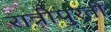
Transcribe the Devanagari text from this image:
रात्रीपुरती